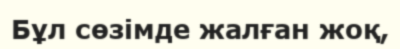
Бұл сөзімде жалған жоқ,